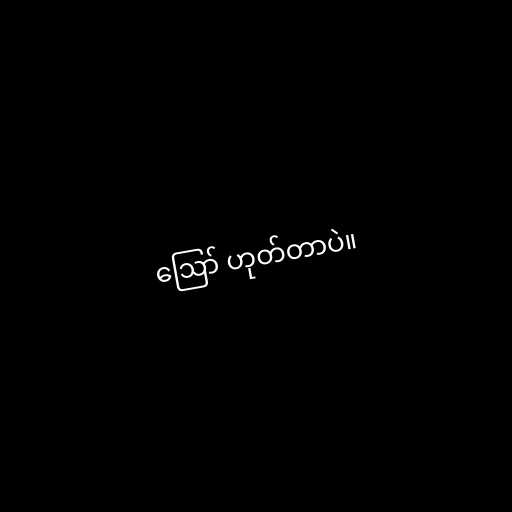
ဪ ဟုတ်တာပဲ။